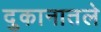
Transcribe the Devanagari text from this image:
दुकानातले